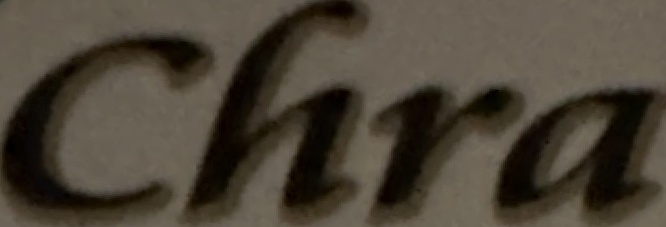
Chra